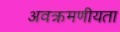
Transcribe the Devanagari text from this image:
अवक्रमणीयता